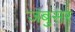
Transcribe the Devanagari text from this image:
जंबुसर